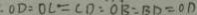
\cdot O D : O C = C D : O B : B D = O D